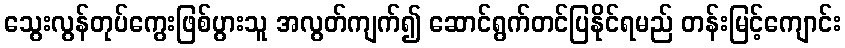
သွေးလွန်တုပ်ကွေးဖြစ်ပွားသူ အလွတ်ကျက်၍ ဆောင်ရွက်တင်ပြနိုင်ရမည် တန်းမြင့်ကျောင်း